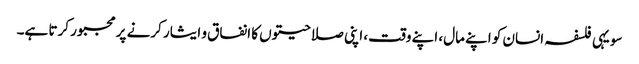
سو یہی فلسفہ انسان کو اپنے مال، اپنے وقت، اپنی صلاحیتوں کا انفاق و ایثار کرنے پر مجبور کرتا ہے۔